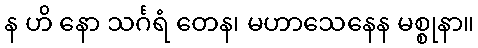
န ဟိ နော သင်္ဂရံ တေန၊ မဟာသေနေန မစ္စုနာ။